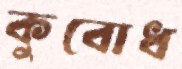
কুবোধ